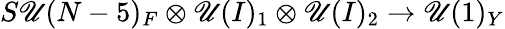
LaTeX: S\mathscr{U}(N-5)_{F}\otimes\mathscr{U}(I)_{1}\otimes\mathscr{U}(I)_{2}\to\mathscr{U}(1)_{Y}